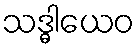
သဒ္ဓါယေဝ